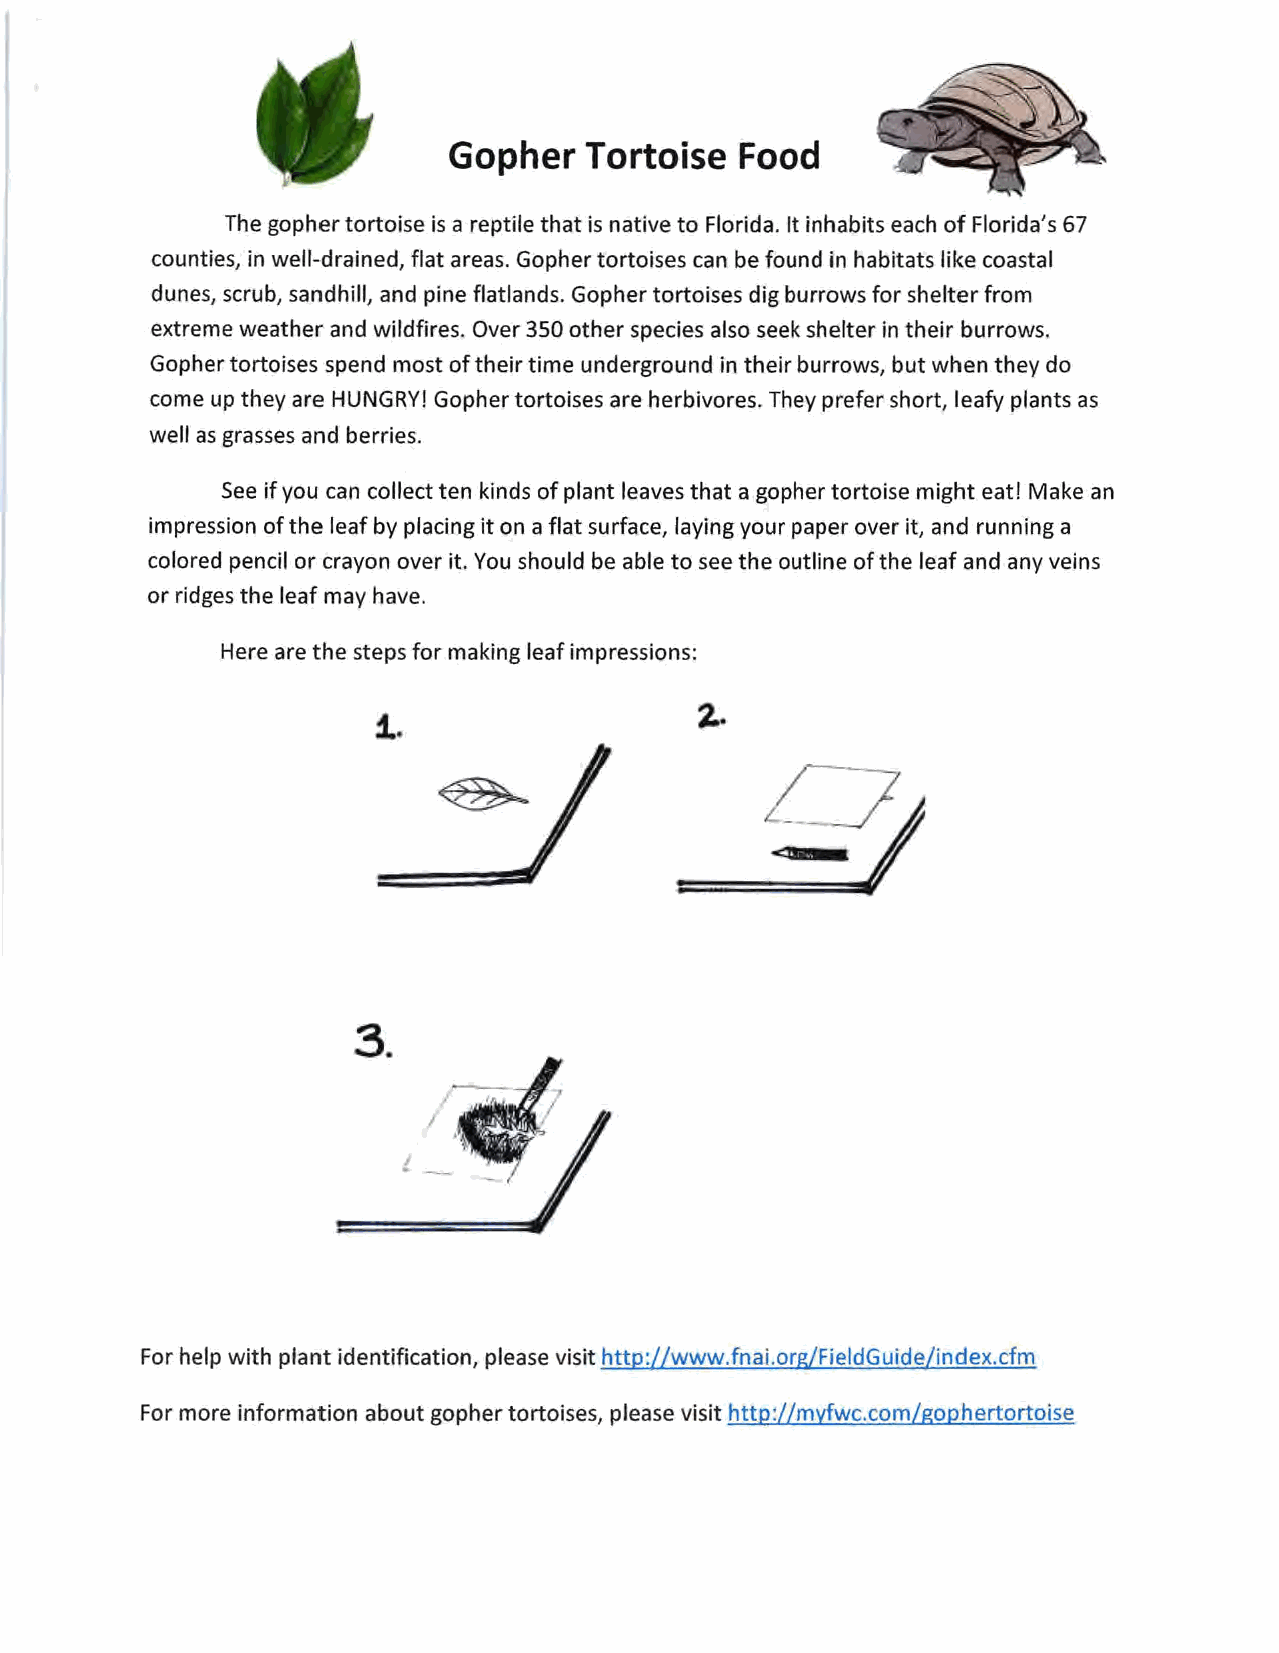
Gopher   Tortoise  Food
 The gopher tortoise is a reptile that is native to Florida. It inhabits each of Florida's 67
 counties, in well-drained, flat areas. Gopher tortoises can be found in habitats like coastal
 dunes, scrub, sandhill, and pine flatlands. Gopher tortoises dig burrows for shelter from
 extreme weather and wildfires. Over 350 other species also seek shelter in their burrows.
 Gopher tortoises spend most of their time underground in their burrows, but when they do
 come up they are HUNGRY! Gopher tortoises are herbivores. They prefer short, leafy plants as
 well as grasses and berries.
 See if you can collect ten kinds of plant leaves that a gopher tortoise might eat! Make an
 impression of the leaf by placing it on a flat surface, laying your paper over it, and running a
 colored pencil or crayon over it. You should be able to see the outline of the leaf and any veins
 or ridges the leaf may have.
 Here are the steps for making leaf impressions:
 i .
 3.
 e
 For help with plant identification, please visit http://www.fnai.org/FieldGuide/index.cfm
 For more information about gopher tortoises, please visit http://myfwc.com/gophertortoise